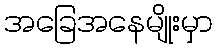
အခြေအနေမျိုးမှာ